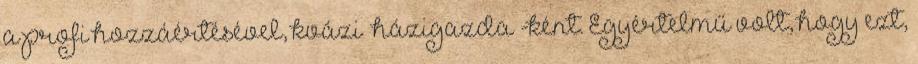
a profi hozzáértésével, kvázi „házigazda”-ként. Egyértelmű volt, hogy ezt,